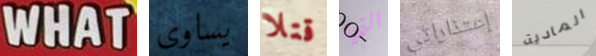
WHAT يساوى قتلا التي إعتذاراتي المادية